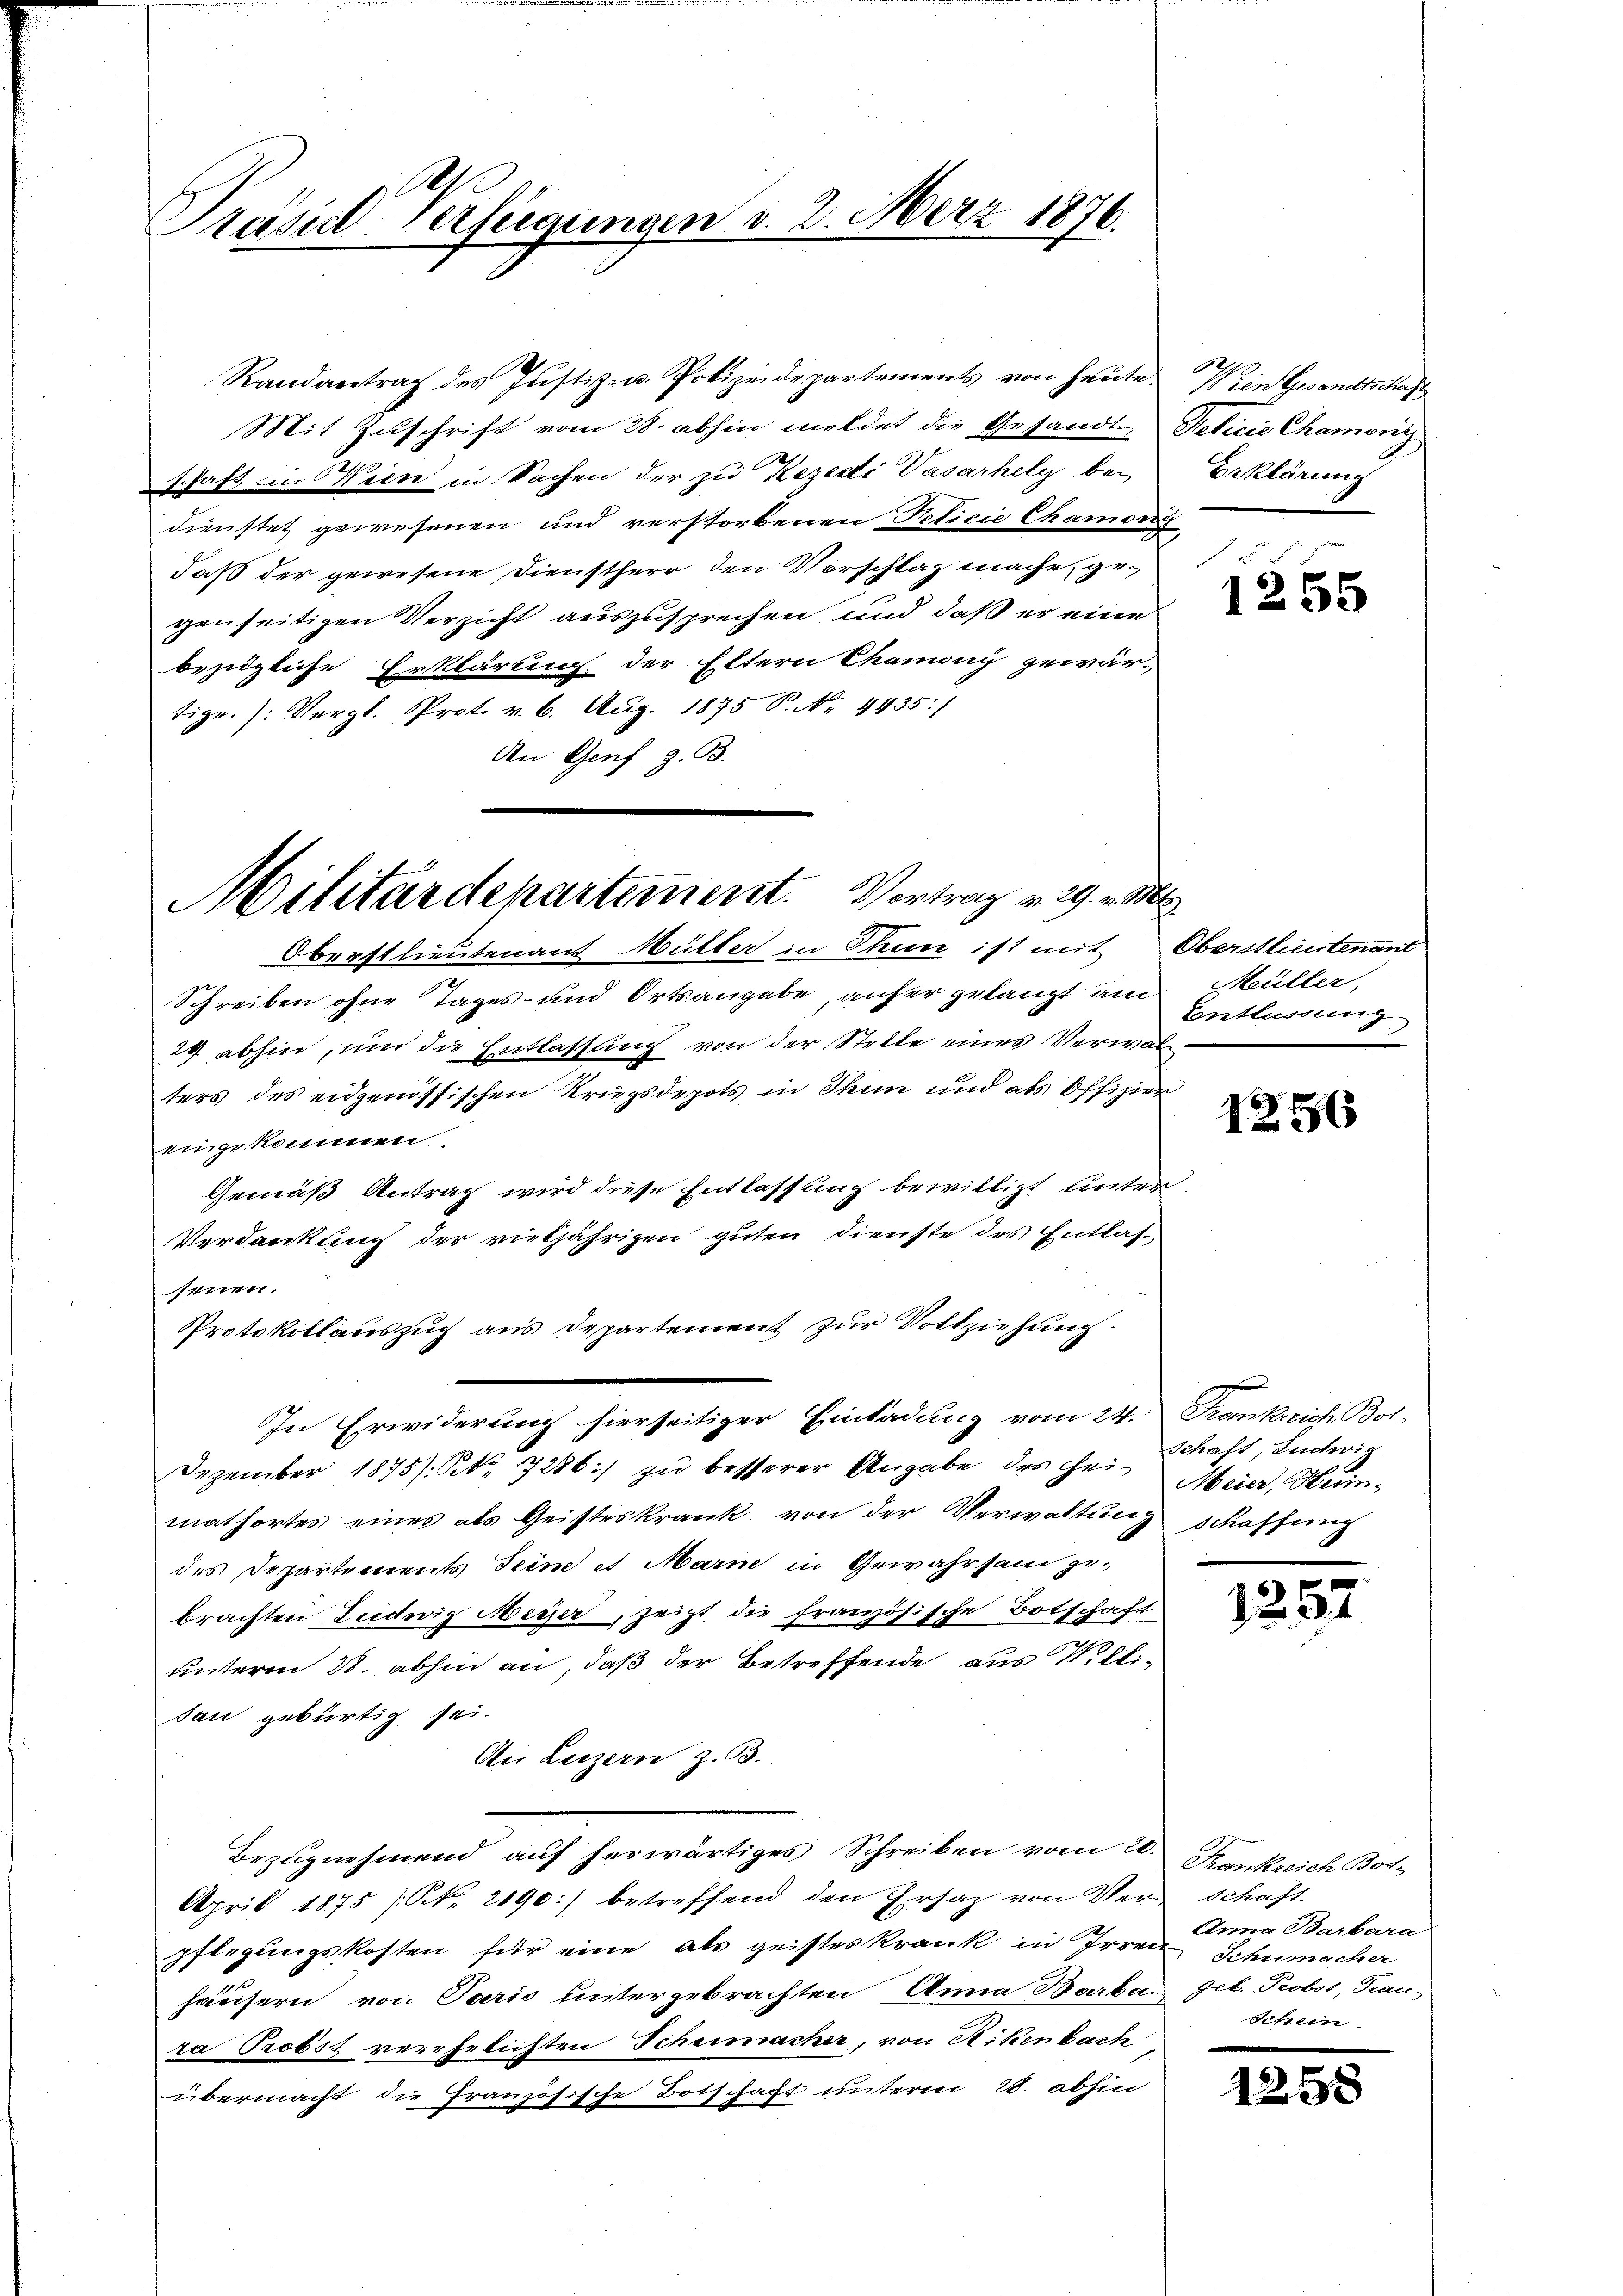
Randantrag des Justiz- u. Polizeidepartements von heute.
Mit Zuschrift vom 28. abhin meldet die Gesandt
schaft in Wien in Sachen der zu Rezedi Vasarhely bei
dienstet gewesenen und verstorbenen Pelicie Chamon
daß der gewesene Dienstherr den Vorschlag mache, gegenseitigen Verzicht auszusprechen und daß er eine
bezügliche Erklärung der Eltern Chamony gewär-
tigr. /: Vergl. Prot. v. 6. Aug. 1875 P. Nr. 4435/
An Genf z. B.

Präsid-Verfügungen v. 2. März 1876.

Militärdepartement. Vortrag v. 29. v.
Oberstlieutenant Müller in Thun ist mit Oberstlieutenant

Schreiben ohne Tages- und Ortsangabe, anfer gelangt am
29. abhin, und die Entlassung von der Stelle eines Verwalters des eidgenössischen Kriegsdepots in Thun und als Offizier
eingekommen.
Gemäß Antrag wird diese Entlassung bewilligt unter
Verdankung der vieljährigen guten Dienste des Entlassenen.
Protokollauszug aus Departement zur Vollziehung
Dezember 1875/. Nr. 7286) zu besserer Angabe des Hei-Schaft, Inderi
mathortes eines als Geisteskrank von der Verwaltung schaffung
des Departements Sein et Marme in Gewahrsam ge-
brachten Ludwig Meyer, zeigt die französische Botschaft
unterm 28. abhin an, daß der Betreffende aus Millidau gebürtig sei.
Ai Luzern z. B.
Bezugnehmend auf herwärtiges Schreiben vom 20.
April 1875 (N. 2190:) betreffend den Ersatz von Verschaft.
pflegungskosten für eine als geisteskrank in Irren Schumacher
häusern von Paris untergebrachten Anna Barbar geb. Probst, Trau-
ra Probst verehelichten Schumacher, von Rikenbach
übermacht die französische Botschaft unterm 28. abhin

In Erwiderung hierseitiger Einladung vom 24. Frankreich Bol-

.

Wein Gesandtschaf
Pelicie Chamong
Erklärung

u

f 5 x
1255

E
Hüller,
Entlassung

1256

Meier, Herin¬

.

1.

2

Krankreich Bot
Anna Barbara
Sof